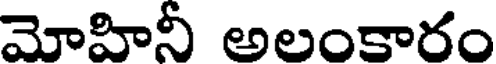
మోహినీ అలంకారం